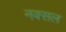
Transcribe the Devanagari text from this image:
नक्‍सल